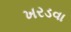
ખરડવા